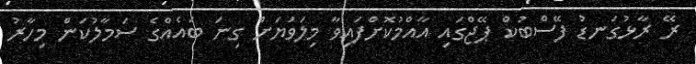
ރޭ ރާޅުގަނޑު ފޭސްބުކް ޕޭޖްގައި އާއްމުކޮށްފައިވާ މިލަވަޔަށް ގިނަ ބައެއްގެ ސަމާލުކަން މިހާރު